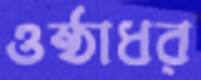
ওষ্ঠাধর